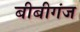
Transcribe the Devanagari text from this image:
बीबीगंज